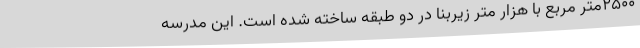
2500متر مربع با هزار متر زیربنا در دو طبقه ساخته شده است. این مدرسه